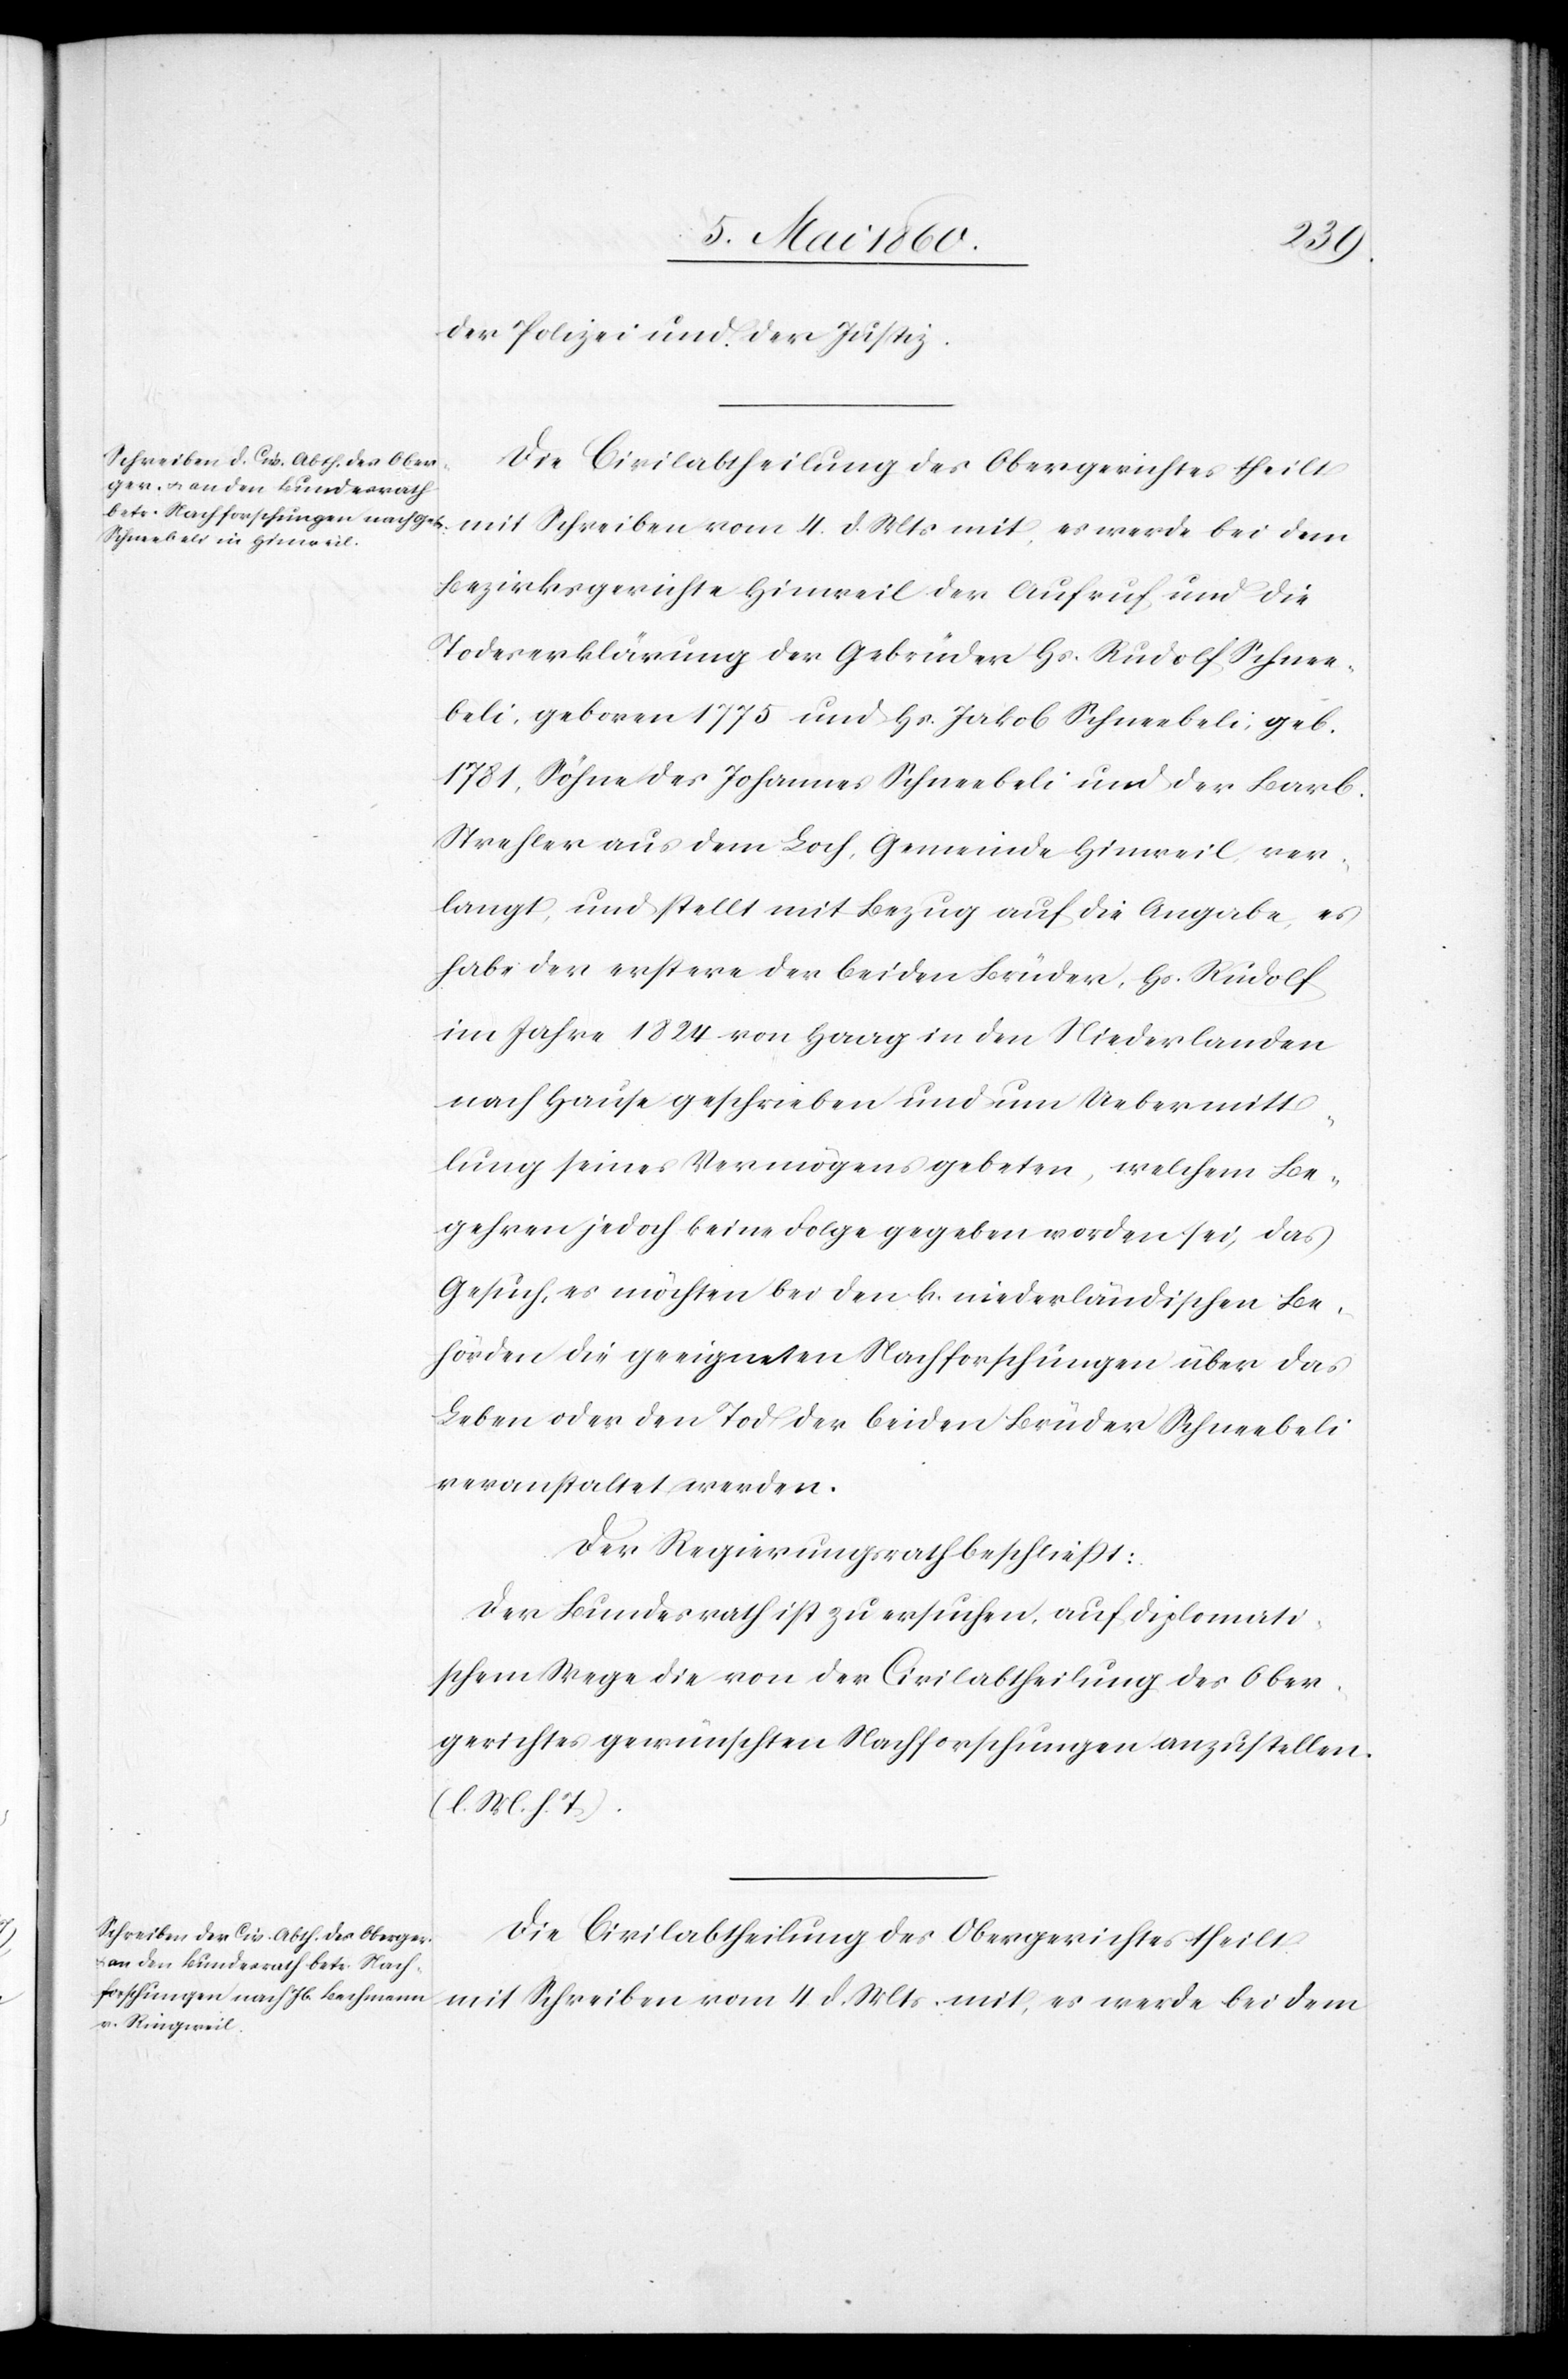
der Polizei und der Justiz.
Die Civilabtheilung des Obergerichtes theilt
mit Schreiben vom 4. d. Mts. mit, es werde bei dem
Bezirksgerichte Hinweil der Aufruf und die
Todeserklärung der Gebrüder Hs. Rudolf Schnee¬
beli, geboren 1775 und Hs. Jakob Schneebeli, geb.
1781, Söhne des Johannes Schneebeli und der Barb.
Strehler aus dem Loch, Gemeinde Hinweil, ver¬
langt, und stellt mit Bezug auf die Angabe, es
habe der erstere der beiden Brüder, Hs. Rudolf
im Jahre 1824 von Haag in den Niederlanden
nach Hause geschrieben und um Uebermitt¬
lung seines Vermögens gebeten, welchem Be¬
gehren jedoch keine Folge gegeben worden sei, das
Gesuch, es möchten bei den k. niederländischen Be¬
hörden die geeigneten Nachforschungen über das
Leben oder den Tod der beiden Brüder Schneebeli
veranstaltet werden.
Der Regierungsrath beschliesst.
Der Bundesrath ist zu ersuchen, auf diplomati¬
schem Wege die von der Civilabtheilung des Ober¬
gerichtes gewünschten Nachforschungen anzustellen.
(l. M. h. T.)
Die Civilabtheilung des Obergerichtes theilt
mit Schreiben vom 4. d. Mts. mit, es werde bei dem